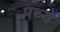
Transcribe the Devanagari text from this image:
पथ्यें